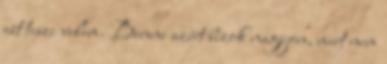
ezt teszi velem. Benne azért bízok nagyon, mert nem